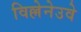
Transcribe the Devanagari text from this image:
विल्लेनेउवे